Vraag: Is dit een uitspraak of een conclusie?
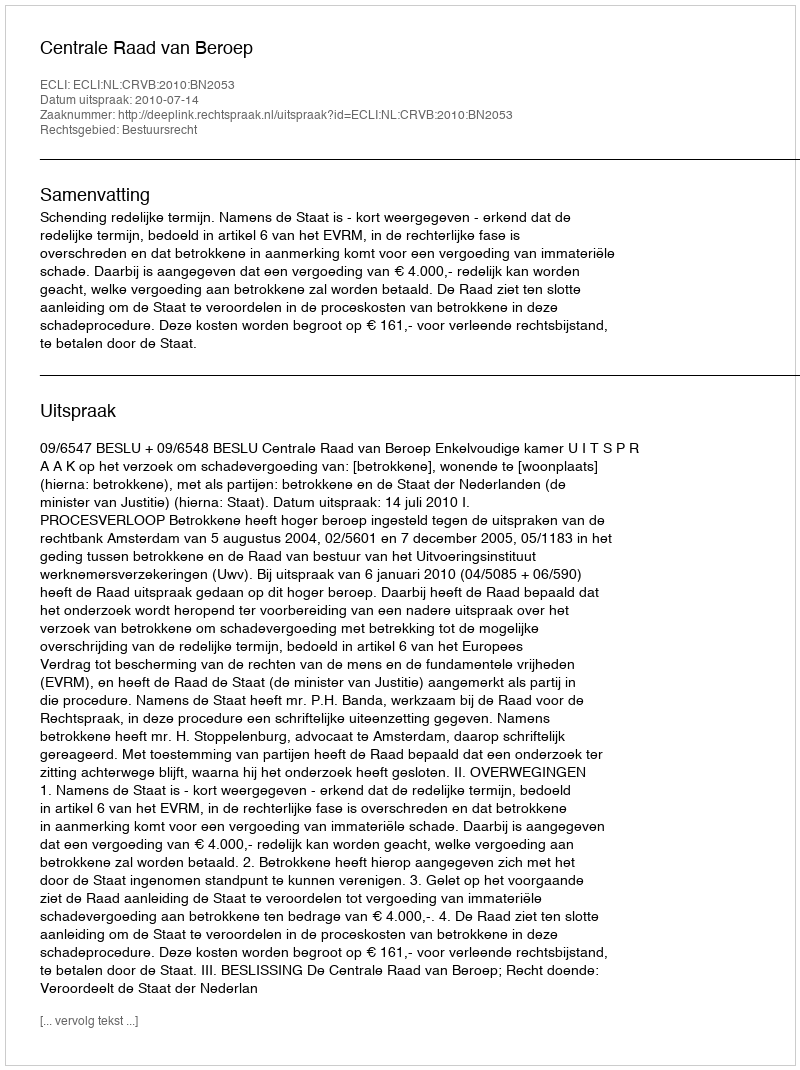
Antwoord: Uitspraak